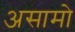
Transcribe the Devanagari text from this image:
असामो